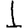
Digit: 1